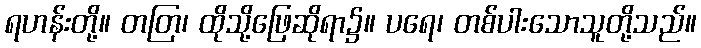
ရဟန်းတို့။ တတြ၊ ထိုသို့ဖြေဆိုရာ၌။ ပရေ၊ တစ်ပါးသောသူတို့သည်။